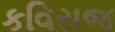
કવિરાજ